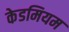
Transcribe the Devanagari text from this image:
केडमियम